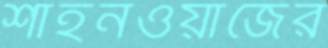
শাহনওয়াজের